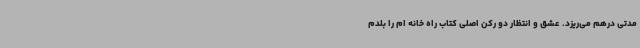
مدتی درهم می‌ریزد. عشق و انتظار دو رکن اصلی کتاب راه خانه ام را بلدم